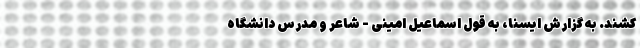
‌کشند. به گزارش ایسنا، به قول اسماعیل امینی - شاعر و مدرس دانشگاه